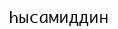
Һысамиддин